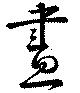
晝